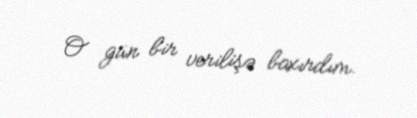
O gün bir verilişə baxırdım.